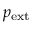
p _ { \mathrm { { e x t } } }